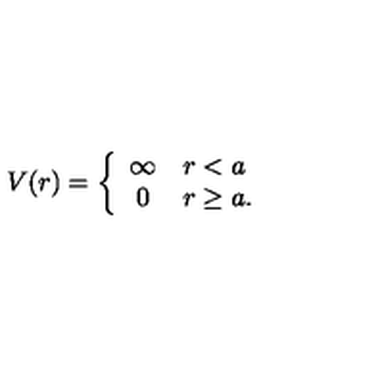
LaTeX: V ( r ) = \left\{ \begin{array} { c l } { \infty } & { r < a } \\ { 0 } & { r \ge a . } \\ \end{array} \right.